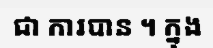
ជា ការបាន ។ ក្នុង